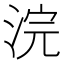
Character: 浣